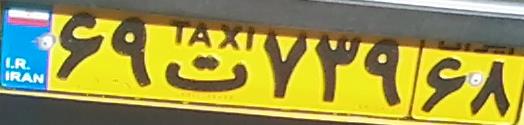
۶۹ت۷۳۹۶۸